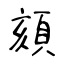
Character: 頦